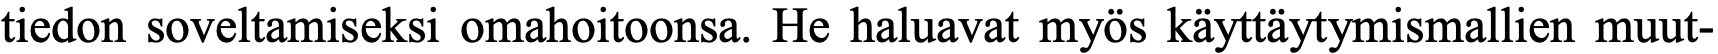
tiedon soveltamiseksi omahoitoonsa. He haluavat myös käyttäytymismallien muut-